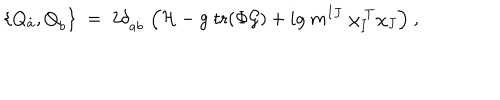
\{ Q _ { \dot { a } } , Q _ { \dot { b } } \} \; = \; 2 \delta _ { { \dot { a } } { \dot { b } } } \; \Bigl ( { \cal H } - { g } \; \mathrm { t r } ( \Phi { \cal G } ) + i g \; m ^ { I J } \; \chi _ { I } ^ { \ T } \chi _ { J } \Bigr ) \ ,